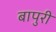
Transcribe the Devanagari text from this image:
बापुरी